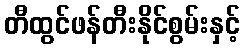
တီထွင်ဖန်တီးနိုင်စွမ်းနှင့်